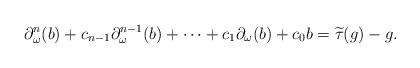
LaTeX: \begin{align*} \partial_{\omega}^n(b)+c_{n-1}\partial_{\omega}^{n-1}(b)+\cdots+c_{1}\partial_{\omega}(b)+c_{0} b =\widetilde{\tau}(g)-g. \end{align*}